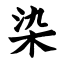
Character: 染